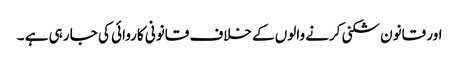
اور قانون شکنی کرنے والوں کے خلاف قانونی کاروائی کی جا رہی ہے ۔